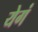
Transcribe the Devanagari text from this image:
येगं